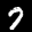
Label: 7